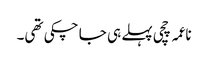
ناعمہ چچی پہلے ہی جا چکی تھی۔